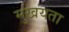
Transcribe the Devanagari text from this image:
मुखयता